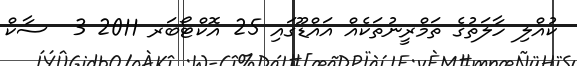
ކުއްލި ހާލަތުގެ ތަމްރީނުތަކެއް އައްޑޫގައި 25 އޮކްޓޯބަރ 2011 3  ސާކް